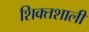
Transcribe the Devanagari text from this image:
शिक्तशाली